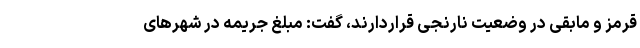
قرمز و مابقی در وضعیت نارنجی قراردارند، گفت: مبلغ جریمه در شهرهای